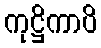
ကုဋ္ဌိကာပိ